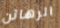
الرهائن